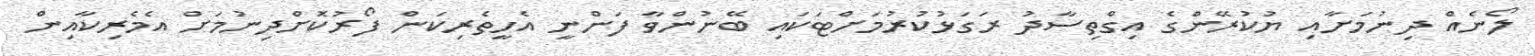
ލޯނެއް ދިނުމަށާއި ޔުކުރޭންގެ އިގްތިސާދު ރަގަޅުކުރުމަށްޓަކައި ބޭނުންވާ ފަންނީ އެހީތެރިކަން ފޯރުކޮށްދިނުމަށް އެމެރިކާއިން